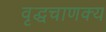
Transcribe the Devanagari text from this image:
वृद्धचाणक्य